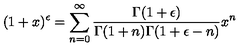
( 1 + x ) ^ { \epsilon } = \sum _ { n = 0 } ^ { \infty } \frac { \Gamma ( 1 + \epsilon ) } { \Gamma ( 1 + n ) \Gamma ( 1 + \epsilon - n ) } x ^ { n }